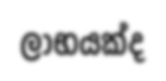
ලාභයක්ද